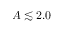
A \lesssim 2 . 0